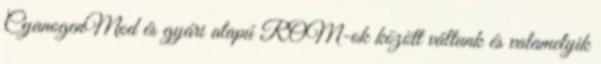
CyanogenMod és gyári alapú ROM-ok között váltunk és valamelyik